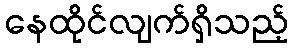
နေထိုင်လျက်ရှိသည့်